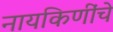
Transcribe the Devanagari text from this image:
नायकिणींचे